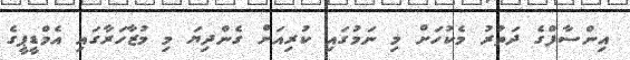
އިންސާފްގެ ދަތުރު މެކުހަށް މި ނަމުގައި ކުރިއަށް ގެންދިޔަ މި މުޒާހަރާގައި އެމްޑީޕީގެ